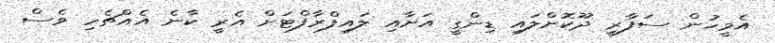
އެމީހުން ސަފާރީ ދޫކޮށްލައި ޑިންގީ އަށާއި ލައިފްރާފްޓަށް އެރީ ކާނެ އެެއްޗެހި ވެސް